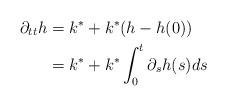
LaTeX: \begin{align*} \partial_{tt} h&=k^*+k^*(h-h(0))\\&=k^*+k^*\int_0^t\partial_s h(s) ds\end{align*}